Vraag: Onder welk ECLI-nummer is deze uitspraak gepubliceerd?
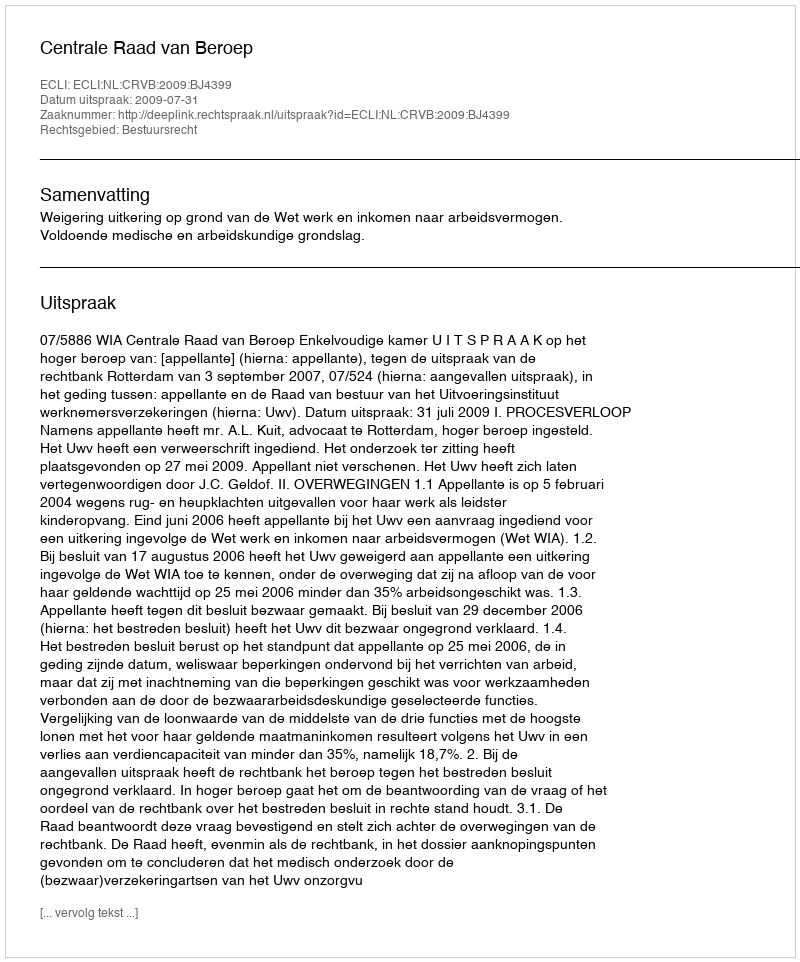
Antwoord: ECLI:NL:CRVB:2009:BJ4399